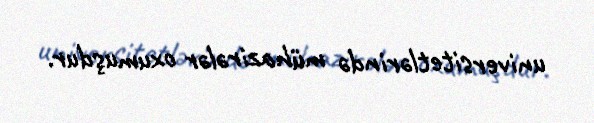
universitetlərində mühazirələr oxumuşdur.